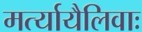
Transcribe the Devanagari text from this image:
मर्त्यायैलिवाः